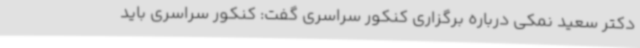
دکتر سعید نمکی درباره برگزاری کنکور سراسری گفت: کنکور سراسری باید